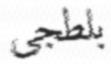
بلطجى